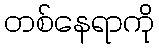
တစ်နေရာကို